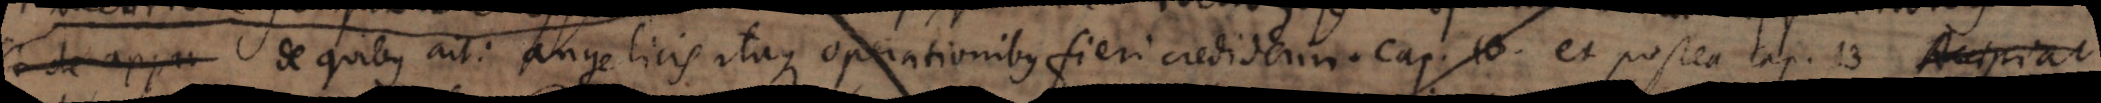
de appar de quibus ait: angelicis itaque operationibus fieri crediderim cap. 10 et postea cap. 13